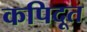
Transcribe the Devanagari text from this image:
कपिदूत